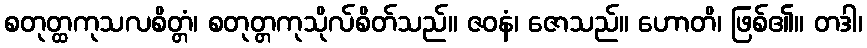
စတုတ္ထကုသလစိတ္တံ၊ စတုတ္တကုသိုလ်စိတ်သည်။ ဇဝနံ၊ ဇောသည်။ ဟောတိ၊ ဖြစ်၏။ တဒါ၊